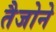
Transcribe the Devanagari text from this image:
तैजोने